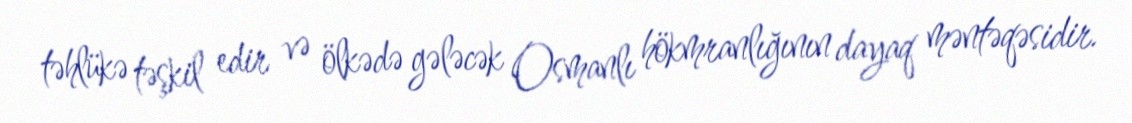
təhlükə təşkil edir və ölkədə gələcək Osmanlı hökmranlığının dayaq məntəqəsidir.